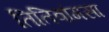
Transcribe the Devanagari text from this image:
तितिवांगसा